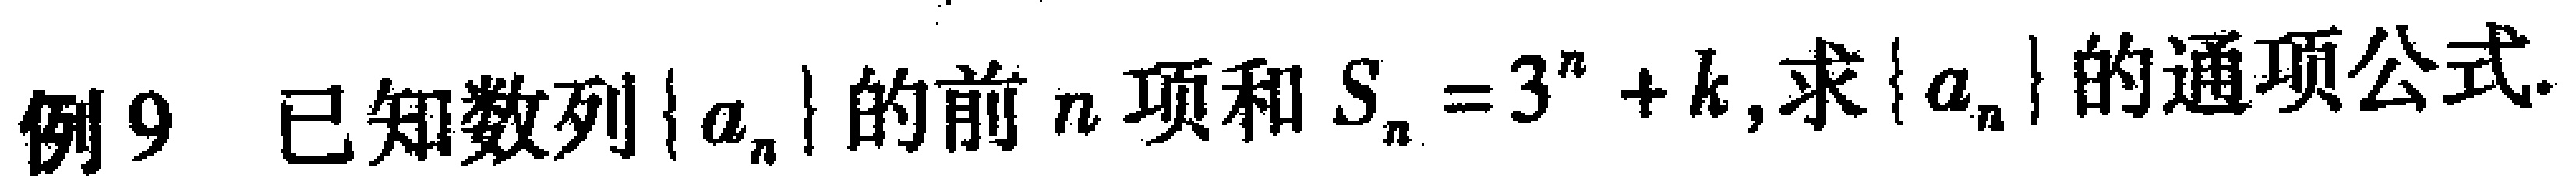
例9 已知数列\(\{ a_{n}\}\)的前\(n\)项和\(S_{n}=3^{n}+k\),求\(\{ a_{n}\}\)的通项公式.